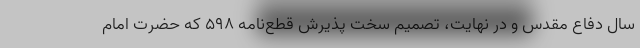
سال دفاع مقدس و در نهایت، تصمیم سخت پذیرش قطع‌نامه ۵۹۸ که حضرت امام